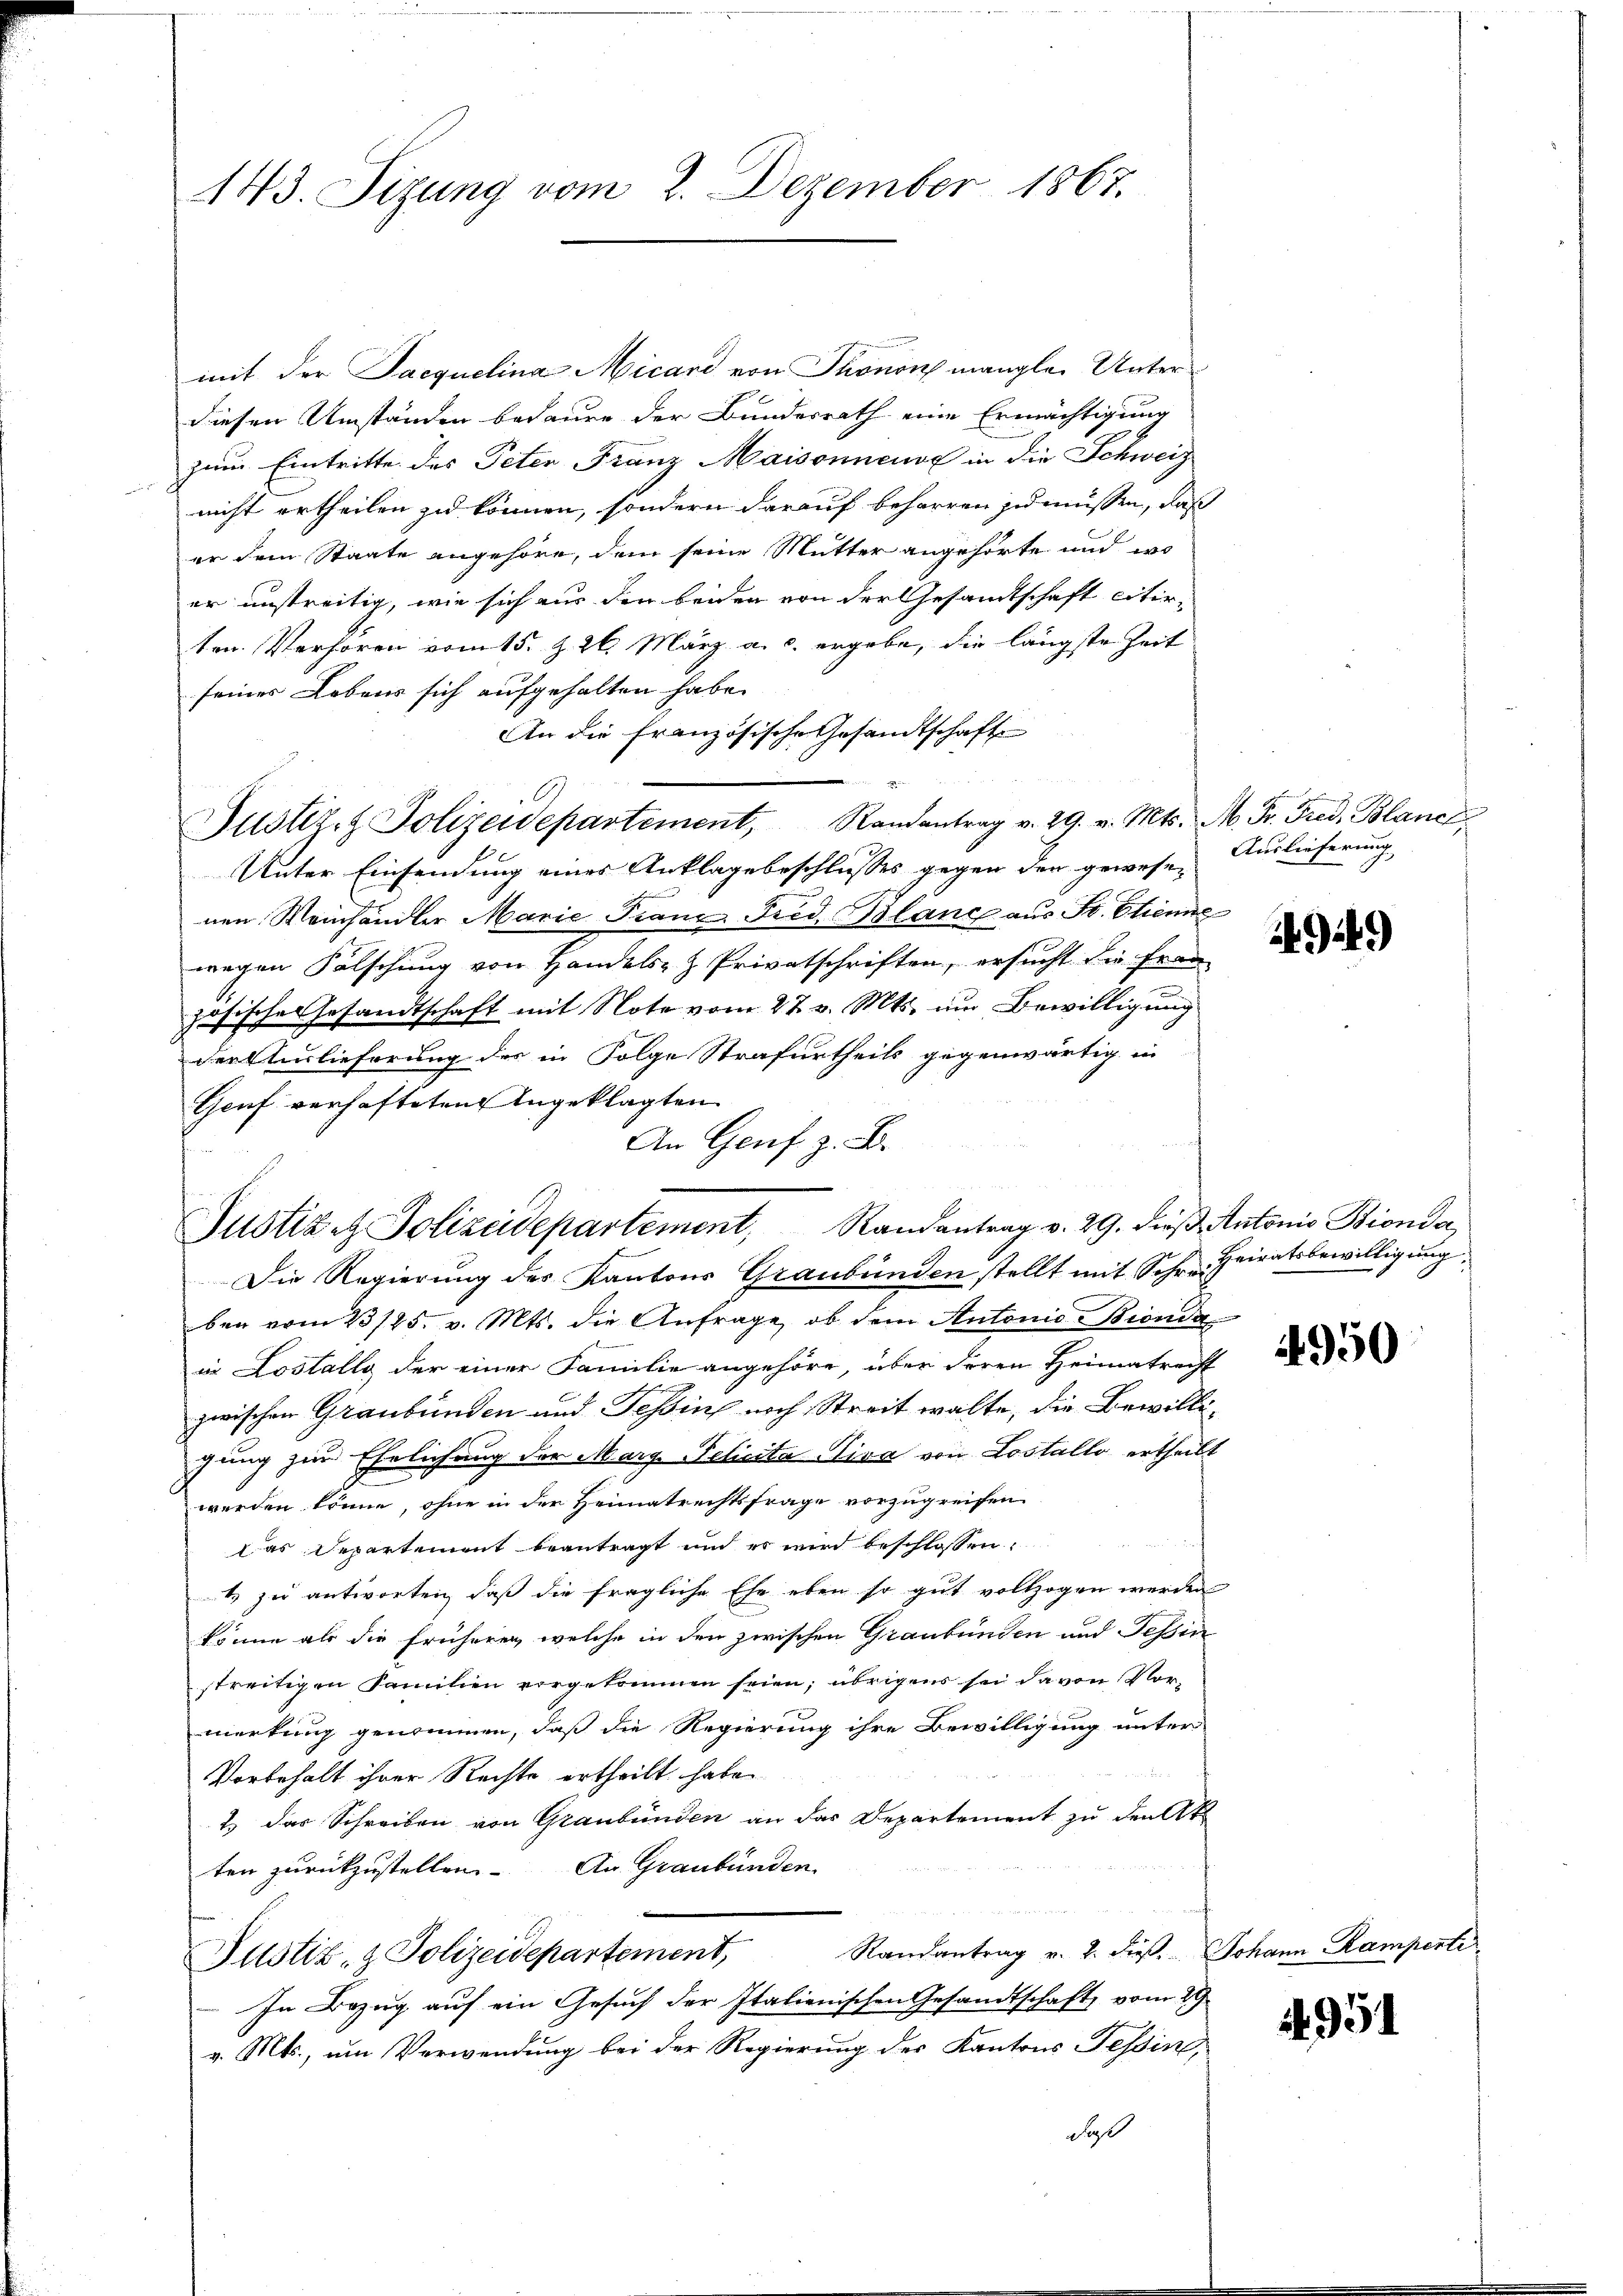
143. Sizung vom 2. Dezember 1867.

mit der Jacquelina Micard von Thonon mangler Unterdiesen Umständen bedauer der Bundesrath eine Ermächtigung
zum Eintritte des Peter Franz Maisonnende in die Schweiz
nicht ertheilen zu können, sondern darauf beharren zu müssen, daß
er dem Staate angehöre, dem seine Mutter angehörte und wo
er unstreitig, wie sich aus den beiden von der Gesandtschaft citir-
ten. Verhören vom 15. Z. 26. März a. c. ergebe, die längste Zeit
seines Lebens sich aufgehalten habe.
An die Französische Gesandtschaft
e
Unter Einsendung eines Anklage beschlusses gegen der gewesenen Weinhändler Marie Franz Fred. Blanch aus Fr. Etienne
wegen Fälschung von Handels- & Privatschriften, ersucht die Frau
zösische Gesandtschaft mit Note vom 27. v. Mts. um Bewilligung
der Auslieferung des in Folge Strafurtheils gegenwärtig in
Genf verhafteten Angeklagten
An Genf z. B.
Justiz & Polizeidepartement, Randantrag v. 29. dieβ Antonio Bionda
Die Regierung des Kantons Graubünden stellt mit Schr. Heiratsbewilligung
ben vom 23/25. v. Mts. die Anfrage, ob dem Antonio Bionde
in Lostally der einer Familie angehöre, über deren Heimatrecht
zwischen Graubünden und Tessin noch Streit walte, die Bewilligung zur Ehelichung der Marg Pelicita Piva von Lostallo ertheilt
werden könne, ohne in der Heimatrechtsfrage vorzugreifen
Das Departement beantragt und es wird beschlossen:
t zu antworten, daß die fragliche Ehe eben so gut vollzogen werden
könne als die früheren, welche in den zwischen Graubünden und Tessin
streitigen Familien vorgekommen seien; übrigens sei davon Vormerkung genommen, daß die Regierung ihre Bewilligung unter

Vorbehalt ihrer Rechte ertheilt habe
2) das Schreiben von Graubünden an das Departement zu den At
ten zurückzustellen. An Graubünden.
Randantrag v. 2. dieß. Johann Kampente.
Justiz- & Polizeidepartement,
In Bezug auf ein Gesuch der Italienischen Gesandtschaft vom 29
v. Mts., um Verwendung bei der Regierung des Kantons Tessin,
daß

61
Justiz- & Polizeidepartement, Randantrag v. 29. v. Mts. M. Fr. Fred, Blanc

Auslieferung

4949)

4950

954